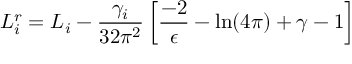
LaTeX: L _ { i } ^ { r } = L _ { i } - { \frac { \gamma _ { i } } { 3 2 \pi ^ { 2 } } } \left[ { \frac { - 2 } { \epsilon } } - \ln ( 4 \pi ) + \gamma - 1 \right]